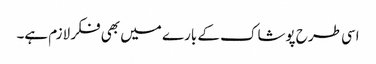
اسی طرح پوشاک کے بارے میں بھی فکر لازم ہے۔